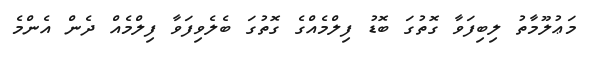
މަޢުލޫމާތު ލިބިފަވާ ގޮތުގަ ބޮޑު ފިލްމެއްގެ ގޮތުގަ ބެލެވިފަވާ ފިލްމެއް ދެން އެންމެ